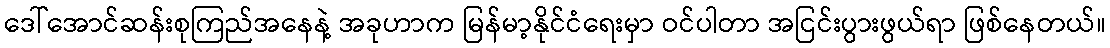
ဒေါ်အောင်ဆန်းစုကြည်အနေနဲ့ အခုဟာက မြန်မာ့နိုင်ငံရေးမှာ ဝင်ပါတာ အငြင်းပွားဖွယ်ရာ ဖြစ်နေတယ်။